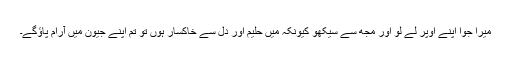
میرا جوُا اپنے اوپر لے لو اور مجھ سے سیکھو کیونکہ میں حلیم اور دل سے خاکسار ہوں تو تم اپنے جیؤن میں آرام پاؤگے۔